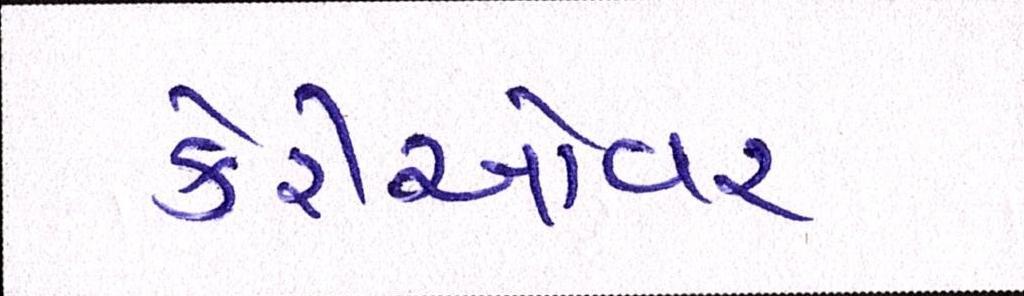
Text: કેરીઓવર